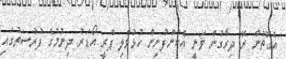
އެގޮތުން ރޭ ދިރާގުން ވަނީ އެކުންފުނިން ހުޅުވާލި ޕްރީ އޯޑަރު ދިނުމުގެ ފުރުސަތުގައި